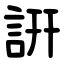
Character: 詽